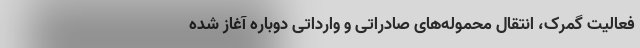
فعالیت‌ گمرک، انتقال محموله‌های صادراتی و وارداتی دوباره آغاز شده